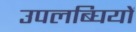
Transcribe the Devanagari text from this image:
उपलब्घियों